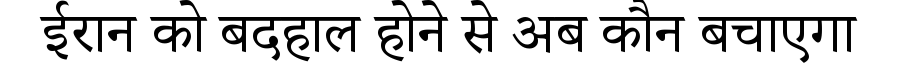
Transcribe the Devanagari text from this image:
ईरान को बदहाल होने से अब कौन बचाएगा